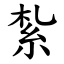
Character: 紮